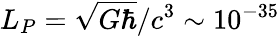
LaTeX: L_{P}=\sqrt{G\hbar}/c^{3}\sim 10^{-35}